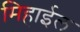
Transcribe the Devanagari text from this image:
मिहाईल